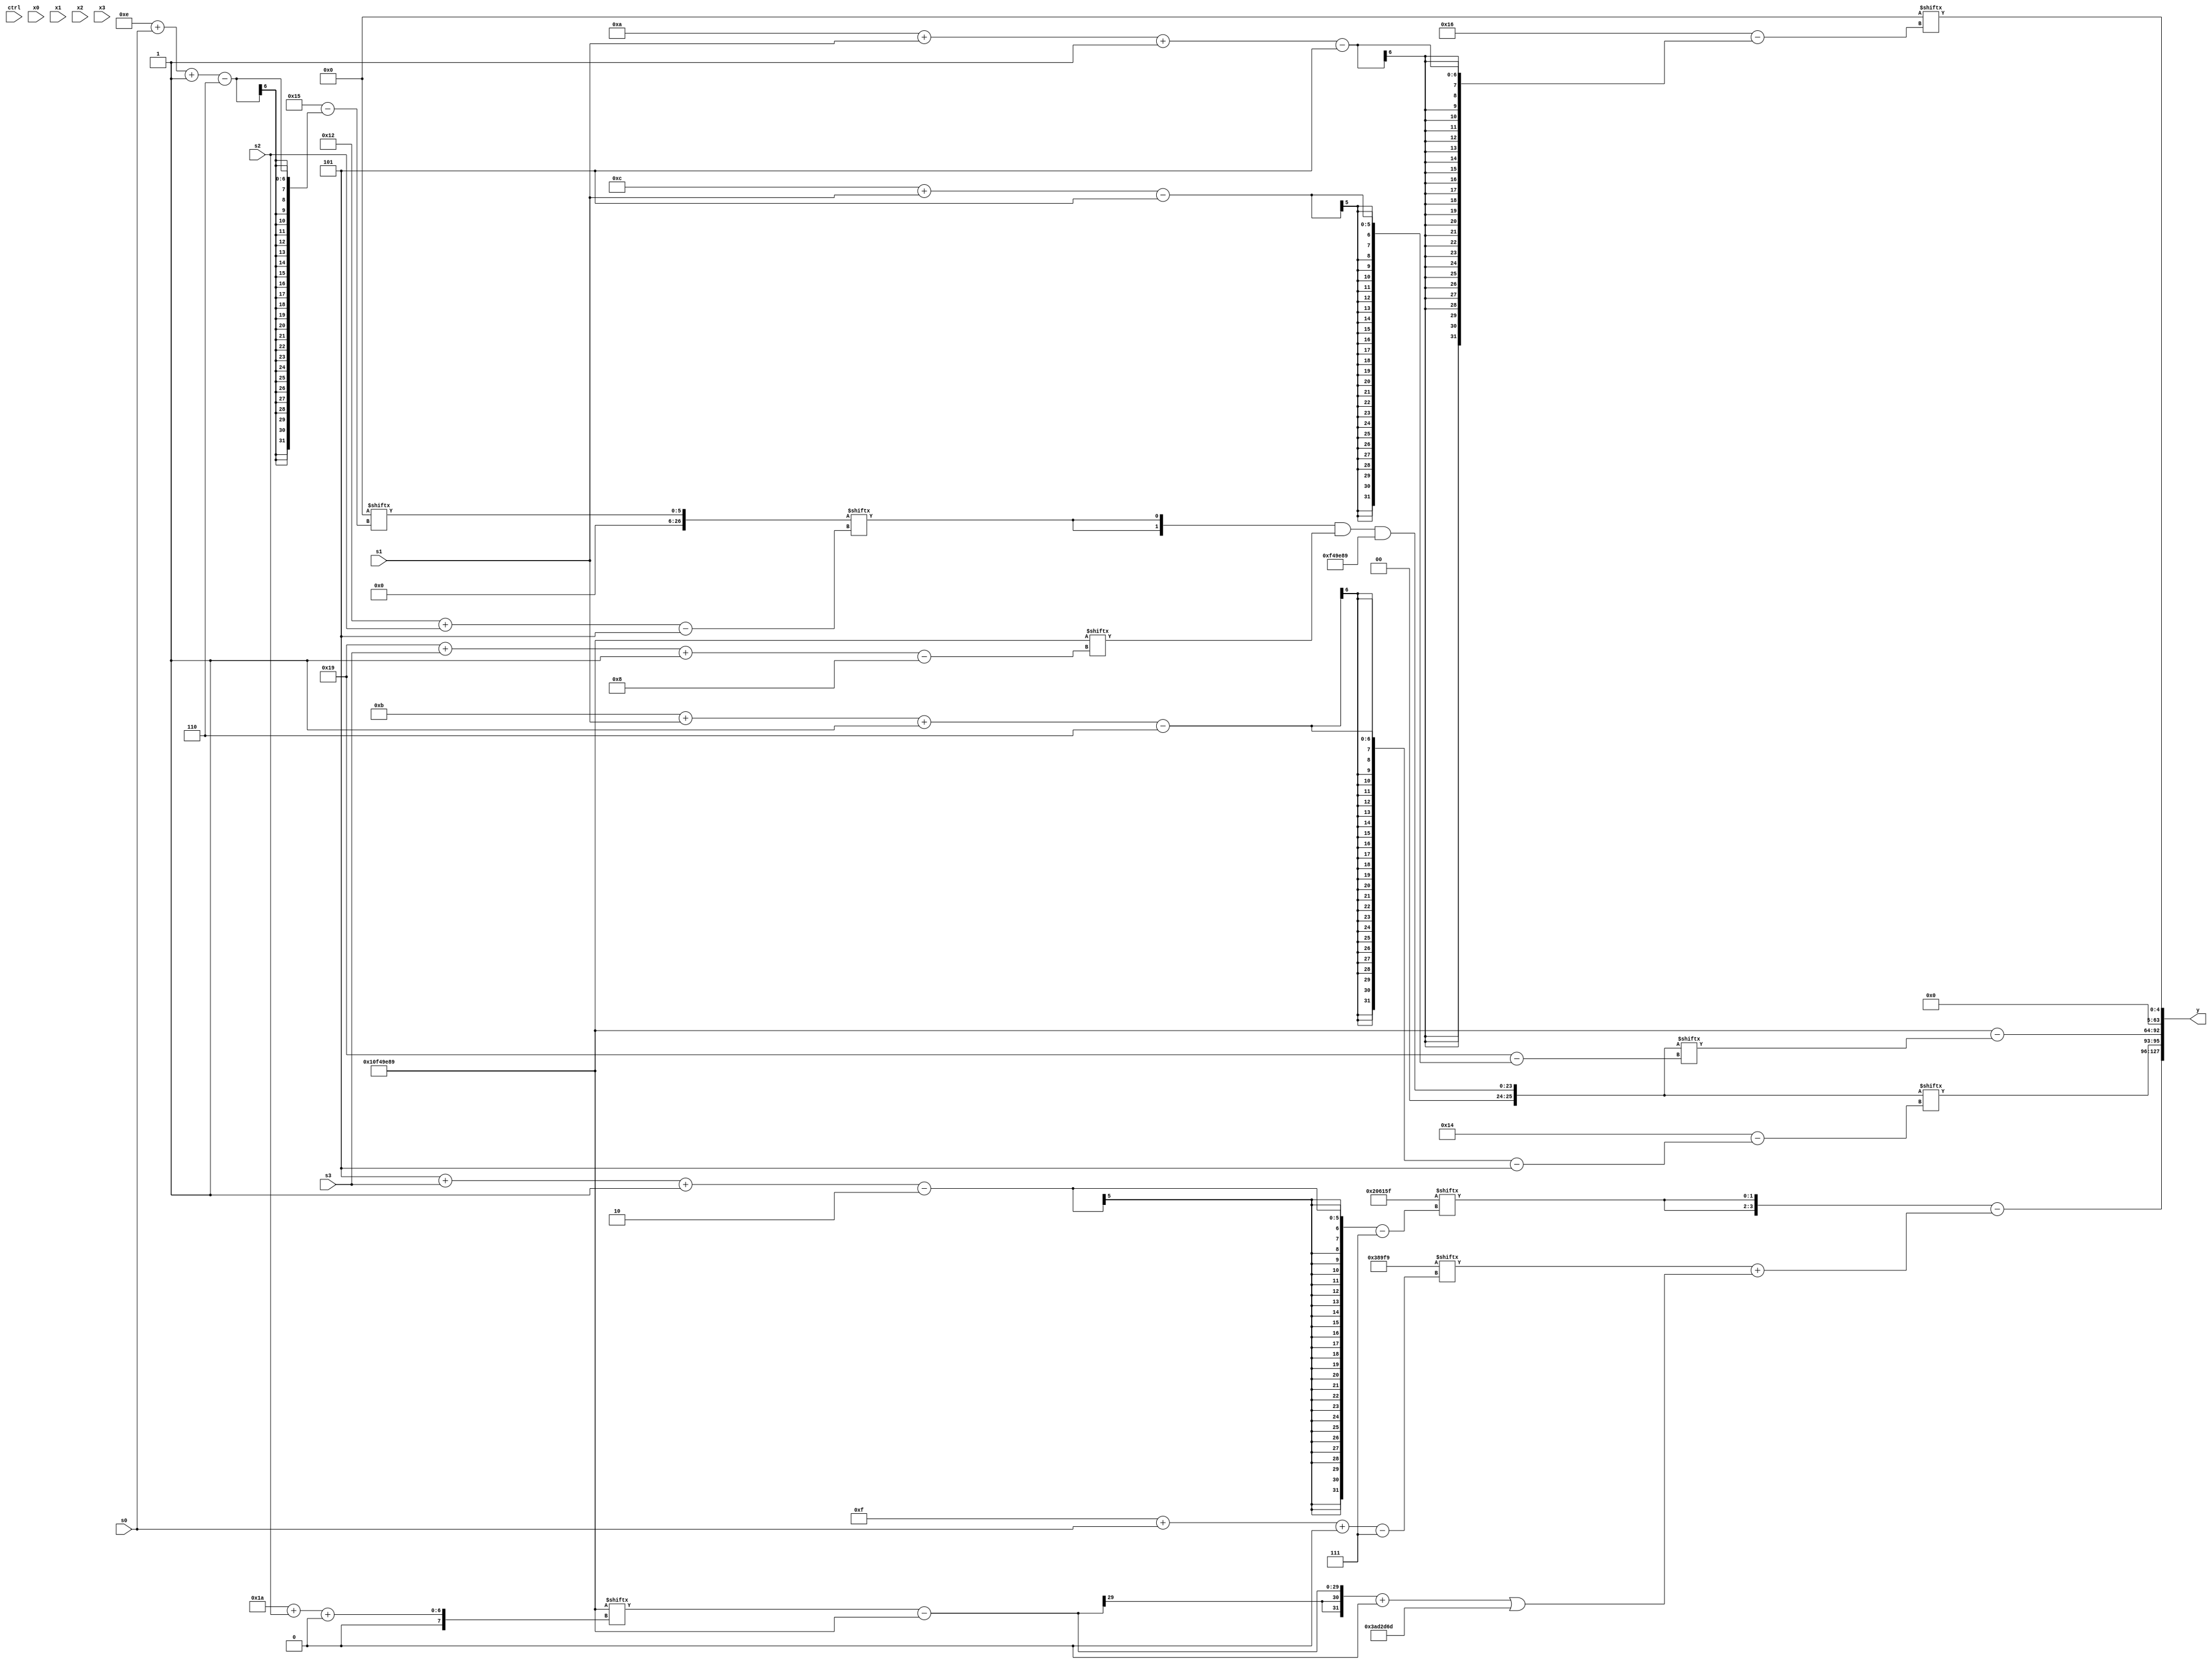
module partsel_00485(ctrl, s0, s1, s2, s3, x0, x1, x2, x3, y);
  input [3:0] ctrl;
  input [2:0] s0;
  input [2:0] s1;
  input [2:0] s2;
  input [2:0] s3;
  input [31:0] x0;
  input signed [31:0] x1;
  input [31:0] x2;
  input signed [31:0] x3;
  wire [0:26] x4;
  wire [31:5] x5;
  wire [1:26] x6;
  wire [5:30] x7;
  wire [1:27] x8;
  wire [28:5] x9;
  wire signed [1:26] x10;
  wire [1:30] x11;
  wire [30:4] x12;
  wire signed [26:4] x13;
  wire [27:6] x14;
  wire [26:2] x15;
  output [127:0] y;
  wire signed [31:0] y0;
  wire [31:0] y1;
  wire signed [31:0] y2;
  wire signed [31:0] y3;
  assign y = {y0,y1,y2,y3};
  localparam signed [29:7] p0 = 127951199;
  localparam [26:5] p1 = 915196942;
  localparam [28:0] p2 = 284466825;
  localparam signed [24:7] p3 = 558860793;
  assign x4 = p1[14 -: 4];
  assign x5 = x4[14 + s0 -: 6];
  assign x6 = x2;
  assign x7 = {x6[13], (({2{x5[18 + s2]}} & p2[25 + s3 -: 8]) & (!ctrl[3] || ctrl[3] && ctrl[3] ? p2 : x4[14 +: 3]))};
  assign x8 = (!ctrl[1] && ctrl[2] && ctrl[2] ? ((p2 & x0) ^ x1) : ({2{{x6, x1[14 + s0]}}} | x5[18 +: 3]));
  assign x9 = x4[11 +: 3];
  assign x10 = p2[15 -: 3];
  assign x11 = x2[15 +: 4];
  assign x12 = p0[26 + s0 -: 2];
  assign x13 = ({2{((p1[4 + s0 +: 5] & (p0[14 + s0 +: 8] | x12[14 -: 1])) ^ ((ctrl[1] && !ctrl[2] || ctrl[2] ? p1[20] : x1[20 -: 3]) ^ p3[19 +: 1]))}} + ((p3[21 + s3 +: 2] - ((ctrl[1] || !ctrl[1] || ctrl[0] ? x5[13 -: 2] : p2) ^ x5[12 + s2 +: 7])) - {2{(x12[14 + s3] | ((x4 | p3) ^ p1[5 + s0 -: 8]))}}));
  assign x14 = x8[14 + s2];
  assign x15 = (x1 & x11[21]);
  assign y0 = ({2{p0[5 + s3 -: 2]}} - (p3[15 + s0 +: 6] + (((p2[26 + s2 +: 2] - p2) + (p1[18] & p0)) | (p0 + {2{p1}}))));
  assign y1 = {x7[11 + s1 -: 6], (p2 - x7[12 + s1])};
  assign y2 = p1[13];
  assign y3 = x4[10 + s1 -: 5];
endmodule